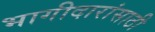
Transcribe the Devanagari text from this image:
भागीदारांसाठी